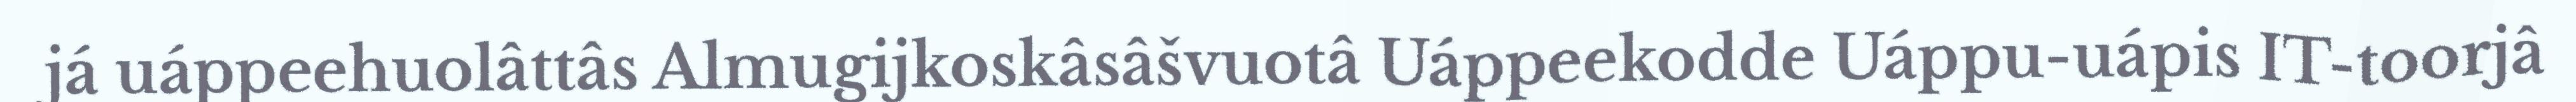
já uáppeehuolâttâs Almugijkoskâsâšvuotâ Uáppeekodde Uáppu-uápis IT-toorjâ